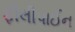
ફીલીપાઈન